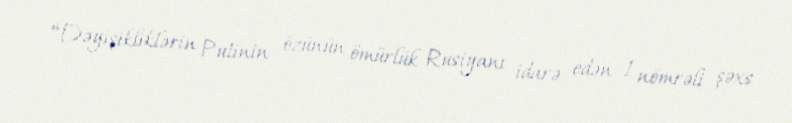
“Dəyişikliklərin Putinin özünün ömürlük Rusiyanı idarə edən 1 nömrəli şəxs